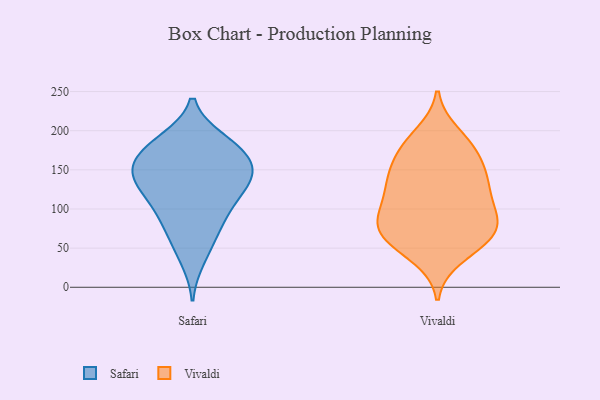
{"axis": {"x": "Active Users", "y": "Value"}, "legend": ["Safari", "Vivaldi"], "data": [{"x": "", "y": 125, "type": "Safari"}, {"x": "", "y": 141, "type": "Safari"}, {"x": "", "y": 158, "type": "Safari"}, {"x": "", "y": 106, "type": "Safari"}, {"x": "", "y": 185, "type": "Safari"}, {"x": "", "y": 162, "type": "Safari"}, {"x": "", "y": 146, "type": "Safari"}, {"x": "", "y": 73, "type": "Safari"}, {"x": "", "y": 136, "type": "Safari"}, {"x": "", "y": 188, "type": "Safari"}, {"x": "", "y": 172, "type": "Safari"}, {"x": "", "y": 102, "type": "Safari"}, {"x": "", "y": 92, "type": "Safari"}, {"x": "", "y": 133, "type": "Safari"}, {"x": "", "y": 151, "type": "Safari"}, {"x": "", "y": 185, "type": "Safari"}, {"x": "", "y": 36, "type": "Safari"}, {"x": "", "y": 61, "type": "Safari"}, {"x": "", "y": 109, "type": "Vivaldi"}, {"x": "", "y": 195, "type": "Vivaldi"}, {"x": "", "y": 137, "type": "Vivaldi"}, {"x": "", "y": 100, "type": "Vivaldi"}, {"x": "", "y": 39, "type": "Vivaldi"}, {"x": "", "y": 77, "type": "Vivaldi"}, {"x": "", "y": 59, "type": "Vivaldi"}, {"x": "", "y": 183, "type": "Vivaldi"}, {"x": "", "y": 79, "type": "Vivaldi"}, {"x": "", "y": 53, "type": "Vivaldi"}, {"x": "", "y": 68, "type": "Vivaldi"}, {"x": "", "y": 100, "type": "Vivaldi"}, {"x": "", "y": 172, "type": "Vivaldi"}, {"x": "", "y": 129, "type": "Vivaldi"}, {"x": "", "y": 134, "type": "Vivaldi"}, {"x": "", "y": 141, "type": "Vivaldi"}, {"x": "", "y": 152, "type": "Vivaldi"}, {"x": "", "y": 80, "type": "Vivaldi"}, {"x": "", "y": 72, "type": "Vivaldi"}, {"x": "", "y": 177, "type": "Vivaldi"}]}